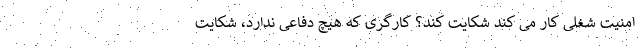
امنیت شغلی کار می کند شکایت کند؟ کارگری که هیچ دفاعی ندارد، شکایت